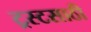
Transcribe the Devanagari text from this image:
ट्रस्टसाठी